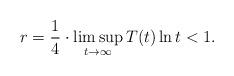
LaTeX: \begin{align*} r = \frac{1}{4} \cdot \limsup_{t \to \infty } T(t) \ln t < 1.\end{align*}